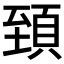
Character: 𩒐